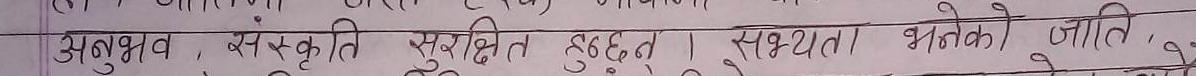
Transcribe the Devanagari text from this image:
अनुभव, संस्कृति सुरक्षित हुँदैछन् । सभ्यता भनेको जाति